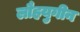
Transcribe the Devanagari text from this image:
लौहयुगीन